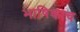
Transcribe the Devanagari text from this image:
भाषिकाच